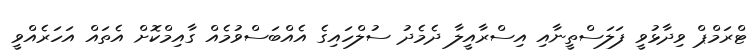
ޓްރަމްޕް ވިދާޅުވީ ފަލަސްތީނާއި އިސްރާއީލާ ދެމެދު ސުލްހައިގެ އެއްބަސްވުމެއް ގާއިމްކޮށް އެތައް އަހަރެއްވީ